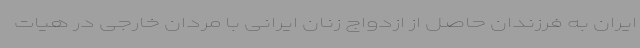
ایران به فرزندان حاصل از ازدواج زنان ایرانی با مردان خارجی در هیات